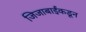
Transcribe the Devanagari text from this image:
जिजाबाईंकडून